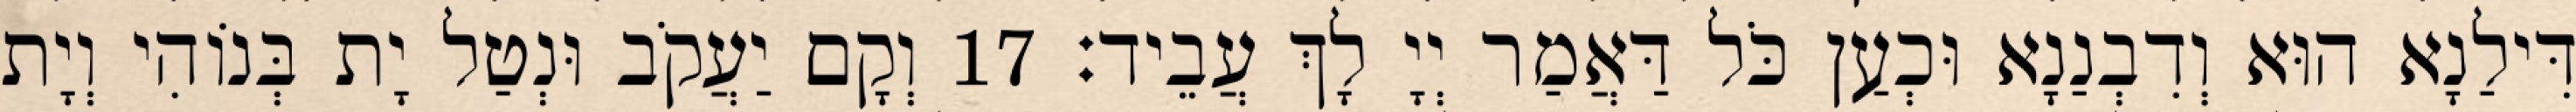
דִּילַנָא הוּא וְדִבְנַנָא וּכְעַן כֹּל דַּאֲמַר יְיָ לָךְ עֲבֵיד׃ 17 וְקָם יַעֲקֹב וּנְטַל יָת בְּנוֹהִי וְיָת